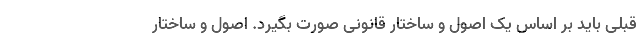
قبلی باید بر اساس یک اصول و ساختار قانونی صورت بگیرد. اصول و ساختار